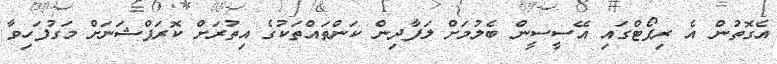
އެގޮތުން އެ ރިޕޯޓްގައި އޭސީސީން ބެލުމަށް ލަފާދިން ކަންތައްތަކުގެ އިތުރަށް ކޮރަޕްޝަނަށް މަގުފަހިވާ